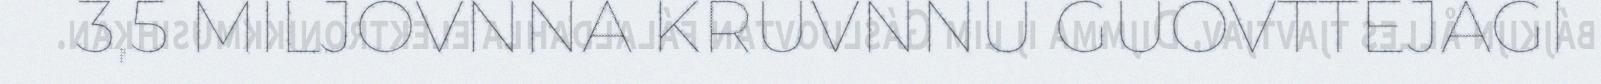
3,5 MILJOVNNA KRUVNNU GUOVTTEJAGI